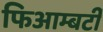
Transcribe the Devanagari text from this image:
फिआम्बर्टी